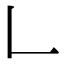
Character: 𠃊